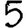
Digit: 5